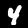
Label: 4